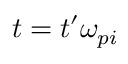
t = t ^ { \prime } \omega _ { p i }